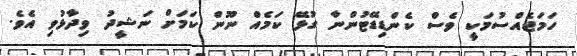
ހަމަޖެއްސުމަކީ ވެސް ކެންޑިޑޭޓުންނާ ގުޅޭ ކަމެއް ނޫން ކަމަށް ނަޝީދު ވިދާޅުވި އެވެ.